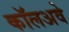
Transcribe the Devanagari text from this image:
कॉलअवे